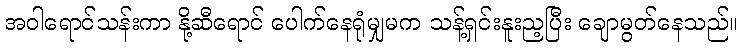
အဝါရောင်သန်းကာ နို့ဆီရောင် ပေါက်နေရုံမျှမက သန့်ရှင်းနူးည့ပြီး ချောမွတ်နေသည်။